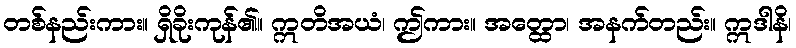
တစ်နည်းကား။ ရှိခိုးကုန်၏။ ဣတိအယံ၊ ဤကား။ အတ္ထော၊ အနက်တည်း။ ဣဒါနိ၊